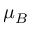
\mu _ { B }